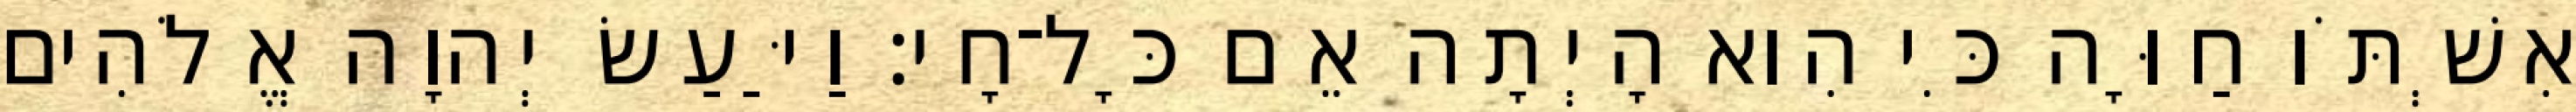
אִשְׁתֹּו חַוָּה כִּי הִוא הָיְתָה אֵם כָּל־חָי׃ וַיַּעַשׂ יְהוָה אֱלֹהִים